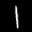
Label: 1